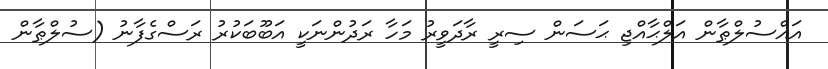
އައްސުލްޠާން އަލްޙާއްޖި ޙަސަން ސިރީ ރާދަވީރު މަހާ ރަދުންނަކީ އަބޫބަކުރު ރަސްގެފާނު (ސުލްޠާން